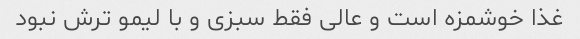
غذا خوشمزه است و عالی فقط سبزی و با لیمو ترش نبود